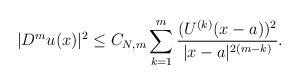
LaTeX: \begin{align*}|D^m u(x)|^2\leq C_{N,m}\sum_{k=1}^m\frac{(U^{(k)}(x-a))^2}{|x-a|^{2(m-k)}}.\end{align*}